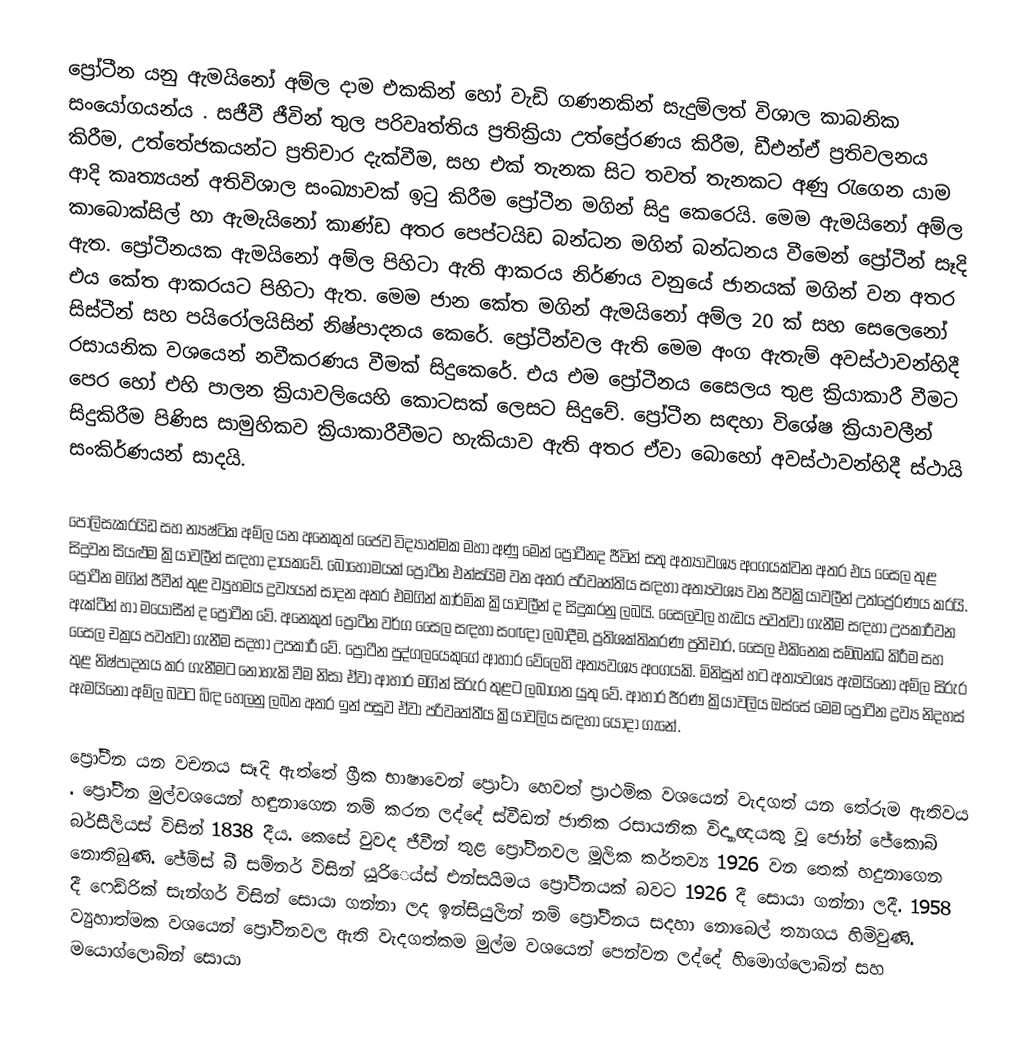
ප්‍රෝටීන යනු ඇමයිනෝ අම්ල දාම එකකින් හෝ වැඩි ගණනකින් සැදුම්ලත් විශාල කාබනික සංයෝගයන්ය . සජීවී ජීවින් තුල පරිවෘත්තිය ප්‍රතික්‍රියා උත්ප්‍රේරණය කිරීම, ඩීඑන්ඒ ප්‍රතිවලනය කිරීම, උත්තේජකයන්ට ප්‍රතිචාර දැක්වීම, සහ එක් තැනක සිට තවත් තැනකට අණු රැගෙන යාම ආදි කෘත්‍යයන් අතිවිශාල සංඛ්‍යාවක් ඉටු කිරීම ප්‍රෝටීන මගින් සිදු කෙරෙයි. මෙම ඇමයිනෝ අම්ල කාබොක්සිල් හා ඇමැයිනෝ කාණ්ඩ අතර පෙප්ටයිඩ බන්ධන මගින් බන්ධනය වීමෙන් ප්‍රෝටීන් සෑදි ඇත. ප්‍රෝටීනයක ඇමයිනෝ අම්ල පිහිටා ඇති ආකරය නිර්ණය වනුයේ ජානයක් මගින් වන අතර එය කේත ආකරයට පිහිටා ඇත. මෙම ජාන කේත මගින් ඇමයිනෝ අම්ල 20 ක් සහ සෙලෙනෝ සිස්ටීන් සහ පයිරෝලයිසින් නිෂ්පාදනය කෙරේ. ප්‍රෝටීන්වල ඇති මෙම අංග ඇතැම් අවස්ථාවන්හිදී රසායනික වශයෙන් නවීකරණය වීමක් සිදුකෙරේ. එය එම ප්‍රෝටීනය සෛලය තුළ ක්‍රියාකාරී වීමට පෙර හෝ එහි පාලන ක්‍රියාවලියෙහි කොටසක් ලෙසට සිදුවේ. ප්‍රෝටීන සඳහා විශේෂ ක්‍රියාවලීන් සිදුකිරීම පිණිස සාමුහිකව ක්‍රියාකාරීවීමට හැකියාව ඇති අතර ඒවා බොහෝ අවස්ථ‍ාවන්හිදී ස්ථායි සංකිර්ණයන් සාදයි.

පොලිසැකරයිඩ සහ න්‍යෂ්ටික අම්ල යන අනෙකුත් ජෛව විද්‍යාත්මක මහා අණු මෙන් ප්‍රො‍ටීනද ජීවින් සතු අත්‍යාවශ්‍ය අංගයක්වන අතර එය සෛල තුළ සිදුවන සියළුම ක්‍රියාවලීන් සඳහා දායකවේ. බොහොමයක් ප්‍රෝටීන එන්සයිම වන අතර පරිවෘත්තිය සඳහා අත්‍යවශ්‍ය වන ජීවක්‍රියාවලීන් උත්ප්‍රේරණය කරයි. ප්‍රෝටීන මගින් ජීවීන් තුළ ව්‍යුහමය ද්‍රව්‍යයන් සාදන අතර එමගින් කාර්මික ක්‍රියාවලීන් ද සිදුකරනු ලබයි. සෛලවල හැඩය පවත්වා ගැනීම සඳහා උපකාරීවන ඇක්ටීන් හා මයොසීන් ද ප්‍රෝටීන වේ. අනෙකුත් ප්‍රෝටීන වර්ග සෛල සඳහා සංඥා ලබාදීම, ප්‍රතිශක්තිකරණ ප්‍රතිචාර, සෛල එකිනෙක සම්බන්ධ කිරීම සහ සෛල චක්‍රය පවත්වා ගැනීම සදහා උපකාරී වේ. ප්‍රෝටීන පුද්ගලයෙකුගේ ආහාර වේලෙහි අත්‍යවශ්‍ය අංගයකි. මිනිසුන් හට අත්‍යවශ්‍ය ඇමයිනෝ අම්ල සිරුර තුළ නිෂ්පාදනය කර ගැනීමට නොහැකි වීම නිසා ඒවා ආහාර මගින් සිරුර තුළට ලබාගත යුතු වේ. ආහාර ජීරණ ක්‍රියාවලිය ඔස්සේ මෙම ප්‍රෝටීන ද්‍රව්‍ය නිදහස් ඇමයිනෝ අම්ල බවට බිඳ හෙලනු ලබන අතර ඉන් පසුව ඒවා පරිවෘත්තීය ක්‍රියාවලිය සඳහා යොදා ගැනේ.

ප්‍රෝටීන යන වචනය සෑදි ඇත්තේ ග්‍රීක භාෂාවෙන් ප්‍රෝටා හෙවත් ප්‍රාථමික වශයෙන් වැදගත් යන තේරුම ඇතිවය . ප්‍රෝටීන මුල්වශයෙන් හඳුනාගෙන නම් කරන ලද්දේ ස්වීඩන් ජාතික රසායනික විද්‍යාඥයකු වූ ජෝන් ජේකොබ් බර්සීලියස් විසින් 1838 දීය. කෙසේ වුවද ජීවීන් තුළ ප්‍රෝටීනවල මූලික කර්තව්‍ය 1926 වන තෙක් හදුනාගෙන නොතිබුණි. ජේම්ස් බී සම්නර් විසින් යූරි‍ෙය්ස් එන්සයිමය ප්‍රෝටීනයක් බවට 1926 දී සොයා ගන්නා ලදී. 1958 දී ෆෙඩ්රික් සැන්ගර් විසින් සොයා ගන්නා ලද ඉන්සියුලින් නම් ප්‍රෝටීනය සදහා නොබෙල් ත්‍යාගය හිමිවුණි. ව්‍යුහාත්මක වශයෙන් ප්‍රෝටීනවල ඇති වැදගත්කම මුල්ම වශයෙන් පෙන්වන ලද්දේ හිමොග්ලොබින් සහ මයොග්ලොබින් සොයා